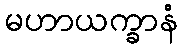
မဟာယက္ခာနံ